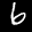
Label: 6